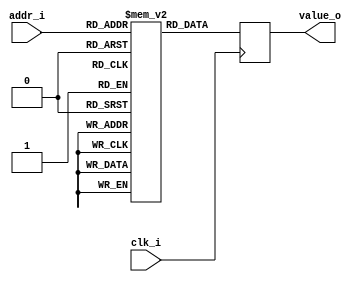
`default_nettype none

/*
 * A 256 byte long ROM to hold the CRC table
 */
module crc8_table #(
    parameter POLYNOMIAL=8'h07
) (
    input wire clk_i,
    input wire [7:0] addr_i,
    output wire [7:0] value_o
);
    function [7:0] calculate_table_entry(input [7:0] table_index);
        integer bit_num, actual_polynomial, table_entry;
        begin
            // Add the implied 1 to the beginning of the polynomial
            actual_polynomial = {23'b0, 1'b1, POLYNOMIAL[7:0]};
			
            // Divide table_index by the actual polynomial using polynomial divison
            table_entry = {24'b0, table_index};
			
            for (bit_num = 0; bit_num < 8; bit_num = bit_num + 1) begin
                table_entry = {23'b0, table_entry[7:0], 1'b0};
                if (table_entry[8]) begin
                    table_entry = table_entry ^ actual_polynomial;
                end
            end
            calculate_table_entry = table_entry[7:0];
        end
    endfunction

    // Instantiate a ROM
    reg [7:0] rom [0:255];
    reg [7:0] rom_data_out;
    wire rom_en;
    assign rom_en = 1;
    always @(posedge clk_i) begin
        if (rom_en) begin
            rom_data_out <= rom[addr_i];
        end
    end
    assign value_o = rom_data_out;

    // Fill the ROM with the CRC table for this polynomial
    integer i;
    initial begin
        for (i = 0; i < 256; i = i+1) begin
            // Fill in the table
            rom[i] = calculate_table_entry(i[7:0]);
        end
    end

// If doing formal verification, ensure that the table always holds the expected values, i.e. is read-only. This is
// required for a proof by induciton.
`ifdef FORMAL
    integer f;
    always @(*)
        for (f = 0; f < 256; f = f + 1)
            assert(rom[f] == calculate_table_entry(f));
`endif
endmodule

`default_nettype wire